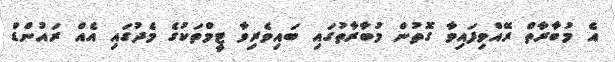
އެ މުބާރާތް ރޭއްވިފައިވާ ގޮތުން މުބާރާތުގައި ބައިވެރިވާ ޓީމްތަކުގެ މެދުގައި އެއް ރައުންޑް